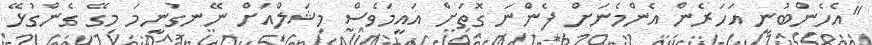
"އެހެންބުނީ އަހަރެން އެންމެނަށް ފެންނަ ގޮތަށް އައީމަވެސް މިޝަލްއަށް ނޭނގުނީމަ މިގޭ ގެންގުޅޭ